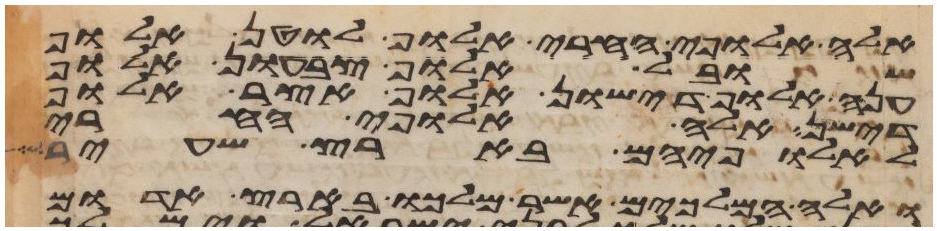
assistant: אלה אלופי החרי אלוף לוטן אלוף
שובל אלוף צבעון אלוף
ענה אלוף דישון אלוף אצר אלוף
דישן אלה אלופי החרי
לאלופיהם בארץ שעיר
ואלה המלכים אשר מלכו בארץ אדום